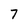
Character: 7